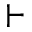
\vdash